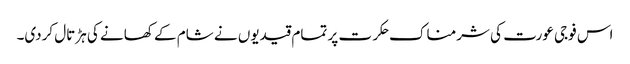
اس فوجی عورت کی شرمناک حکرت پر تمام قیدیوں نے شام کے کھانے کی ہڑتال کردی۔